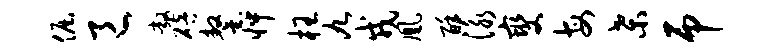
倔邑敞碚鏊怦枉九戎凰酥泳燮每桑吊